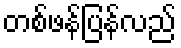
တစ်ဖန်ပြန်လည်